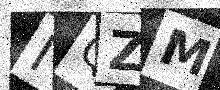
Text: IQZM